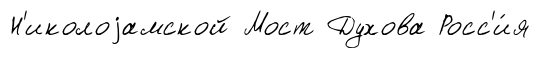
Н'иколоjамской Мост Духова Росс'и́я